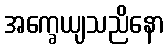
အက္ခေယျသညိနော